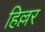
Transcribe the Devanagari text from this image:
हिल्लर